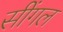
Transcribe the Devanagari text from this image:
सींगल